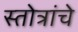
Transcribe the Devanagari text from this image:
स्तोत्रांचे